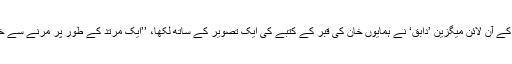
اس جہادی گروہ کے آن لائن میگزین ’دابق‘ نے ہمایوں خان کی قبر کے کتبے کی ایک تصویر کے ساتھ لکھا، ’’ایک مرتد کے طور پر مرنے سے خبردار رہا جائے۔